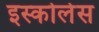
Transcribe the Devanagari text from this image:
इस्कोलेस